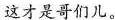
这才是哥们儿。